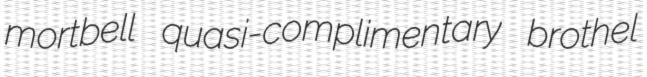
mortbell quasi-complimentary brothel